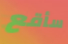
سأقع